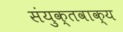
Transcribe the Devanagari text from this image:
संयुक्तवाक्य